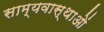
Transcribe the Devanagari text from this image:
साम्यवास्थाओं